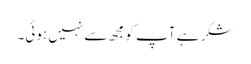
شکر ہے آپ کو مجھ سے نہیں ہوئی۔